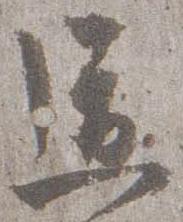
道